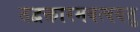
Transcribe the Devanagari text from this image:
तद्वक्तारमवत्ववतु